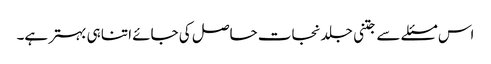
اس مسئلے سے جتنی جلد نجات حاصل کی جائے اتنا ہی بہتر ہے۔